Lunatic asylums Bombay report 1891-1903 - 1891-1903
Year: 1891
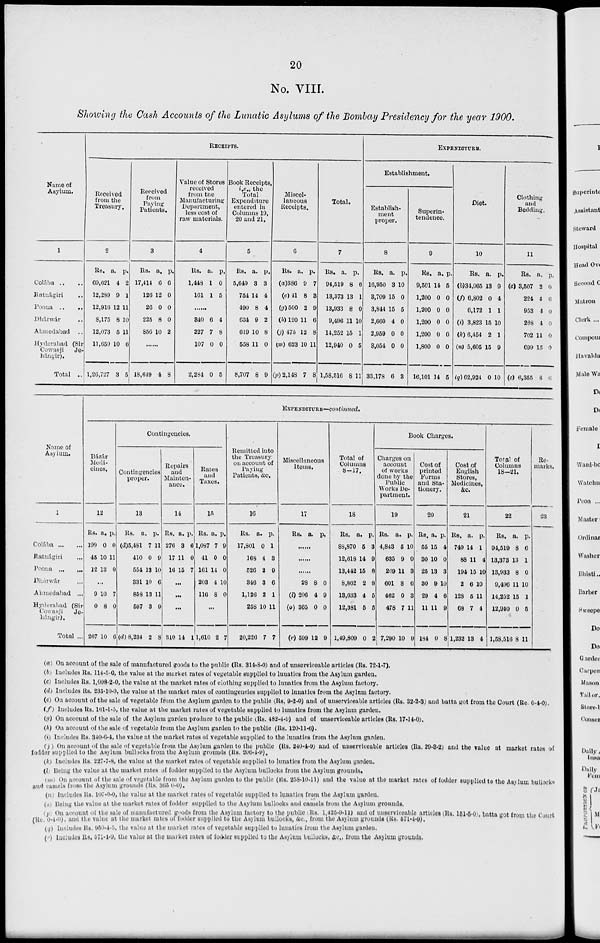
20
No. VIII.
Showing the Cash Accounts of the Lunatic Asylums of the Bombay Presidency for the year 1900.
Name of
Asylum.
1
Colába .. ..
Ratnágiri ..
Poona ..
..
Dhárwár ..
Ahmedabad . .
Hyderabad (Sir
Cowasji
Je-
hángir).
Total ..
RECEIPTS.
Received
from the
Treasury.
2
Rs.
69,621
12,289
12,916
8,175
12,073
11,650
1,26,727
a.
4
9
12
8
5
10
3
p.
2
1
11
10
11
6
5
Received
from
Paying
Patients.
3
Rs.
17,414
126
26
225
856
a.
6
12
0
8
10
p.
6
0
0
0
2
......
18,649 4 8
Value of Stores
received
from the
Manufacturing
Department,
less cost of
raw materials.
4
Rs.
1,448
161
a.
1
1
p.
0
5
.....
340
227
107
2,284
6
7
0
0
4
8
0
5
Book Receipts,
i.e., the
Total
Expenditure
entered in
Columns 19,
20 and 21.
5
Rs.
5,649
754
490
634
619
558
8,707
a.
3
14
8
9
10
11
8
p.
3
4
4
2
8
0
9
Miscel-
laneous
Receipts.
6
Rs.
(a)386
(c) 41
(g) 500
(h) 120
(j) 475
(m) 623
(p) 2,148
a.
9
8
2
11
12
10
7
p.
7
3
9
6
8
11
8
Total.
7
Rs.
94,519
13,373
13,933
9,496
14,252
12,940
1,58,516
a.
8
13
8
11
15
0
8
p.
6
1
0
10
1
5
11
EXPENDITURE.
Establishment.
Establish-
ment
proper.
8
Rs.
10,950
3,709
3,844
2,660
2,959
3,054
33,178
a.
3
15
15
4
0
0
6
p.
10
0
5
0
0
0
3
Superin-
tendence.
9
Rs.
9,501
1,200
1,200
1,200
1,200
1,800
16,101
a.
14
0
0
0
0
0
14
p.
5
0
0
0
0
0
5
Diet.
10
Rs.
(b)34,065
(f) 6,802
6,172
(i) 3,823
(k) 6,454
(n) 5,605
(q) 62,924
a.
13
0
1
15
2
15
0
p.
9
4
1
10
1
9
10
Clothing
and
Bedding.
11
Rs.
(c) 3,507
224
953
268
702
699
(c) 6,355
a.
2
4
4
4
11
15
8
p.
0
6
0
0
0
0
6
Name of
Asylum.
1
Colába ... ...
Ratuágiri ...
Poona
...
...
Dhárwár ...
Ahmedabad ...
Hyderabad (Sir-
Cowasji
Je-
hángir).
Total ...
EXPENDITURE—continued.
Bázár
Medi-
cines.
12
Rs.
199
45
12
a.
0
10
13
p.
0
11
0
...
9
0
267
10
8
10
7
0
6
Contingencies.
Contingencies
proper.
13
Rs.
(d)5,481
410
554
331
858
597
(d) 8,234
a.
7
0
13
10
13
3
2
p.
11
9
10
6
11
9
8
Repairs
and
Mainten-
ance.
14
Rs.
276
17
16
a.
3
11
15
p.
6
0
7
...
...
...
310 14 1
Rates
and
Taxes.
15
Rs.
1,087
41
161
203
116
a.
7
0
14
4
8
p.
9
0
0
10
0
...
1,610 2 7
Remitted into
the Treasury
on account of
Paying
Patients, &c.
16
Rs.
17,801
168
526
346
1,126
258
20,226
a.
0
4
2
3
2
10
7
p.
1
3
9
6
1
11
7
Miscellaneous
Items.
17
Rs. a. p.
.....
.....
.....
28
(l) 206
(o) 365
(r) 599
8
4
0
12
0
9
0
9
Total of
Columns
8–17.
18
Rs.
88,870
12,618
13,442
8,862
13,633
12,381
1,49,809
a.
5
14
15
2
4
5
0
p.
3
9
8
8
5
5
2
Book Charges.
Charges on
account
of works
done by the
Public
Works De-
partment.
19
Rs.
4,843
635
269
601
462
478
7,290
a.
5
9
11
8
0
7
10
p.
10
0
3
6
3
11
9
Cost of
printed
Forms
and Sta-
tionery.
20
Rs.
55
30
25
30
29
11
184
a.
15
10
13
9
4
11
0
p.
4
0
3
10
6
9
8
Cost of
English
Stores,
Medicines,
&c.
21
Rs.
749
88
194
2
128
68
1,232
a.
14
11
15
6
5
7
13
p.
1
4
10
10
11
4
4
Total of
Columns
18—21.
22
Rs.
94,519
13,373
13,933
9,496
14,252
12,940
1,58,516
a.
8
13
8
11
15
0
8
p.
6
1
0
10
1
5
11
Re-
marks.
23
(a) On account of the sale of manufactured goods to the public (Rs. 314-8-0) and of unserviceable articles (Rs. 72-1-7).
(b) Includes Rs. 114-5-0, the value at the market rates of vegetable supplied to lunatics from the Asylum garden.
(c) Includes Rs. 1,098-2-0, the value at the market rates of clothing supplied to lunatics from the Asylum factory.
(d) Includes Rs. 235-10-0, the value at the market rates of contingencies supplied to lunatics from the Asylum factory.
(e) On account of the sale of vegetable from the Asylum garden to the public (Rs, 9-2-0) and of unserviceable articles (Rs. 32-2-3) and batta got from the Court (Re. 0-4-0).
(f) Includes Rs. 161-1-5, the value at the market rates of vegetable supplied to lunatics from the Asylum garden.
(g) On account of the sale of the Asylum garden produce to the public (Rs. 482-4-9) and of unserviceable articles (Rs. 17-14-0).
(h) On account of the sale of vegetable from the Asylum garden to the public (Rs. 120-11-6).
(i) Includes Rs. 340-6-4, the value at the market rates of vegetable supplied to the lunatics from the Asylum garden.
(j) On account of the sale of vegetable from the Asylum garden to the public (Rs. 240-4-9) and of unserviceable articles (Rs. 29-3-2) and the value at market rates of
fodder supplied to the Asylum bullocks from the Asylum grounds (Rs. 206-4-9).
(k) Includes Rs. 227-7-8, the value at the market rates of vegetable supplied to lunatics from the Asylum garden.
(l) Being the value at the market rates of fodder supplied to the Asylum bullocks from the Asylum grounds.
(m) On account of the sale of vegetable from the Asylum garden to the public (Rs. 258-10-11) and the value at the market rates of fodder supplied to the Asylum bullocks
and camels from the Asylum grounds (Rs. 365 0-0).
(n) Includes Rs. 107-0-0, the value at the market rates of vegetable supplied to lunatics from the Asylum garden.
(o) Being the value at the market rates of fodder supplied to the Asylum bullocks and camels from the Asylum grounds.
(p) On account of the sale of manufactured goods from the Asylum factory to the public (Rs. 1,425-9-11) and of unserviceable articles (Rs. 151-5-0), batta got from the Court
(Re 0-4-0),and the value at the market rates of fodder supplied to the Asylum bullocks, &c., from the Asylum grounds (Rs. 571-4-9).
(q) Includes Rs. 950-4-5, the value at the market rates of vegetable supplied to lunatics from the Asylum garden.
(r) Includes Rs. 571-4-9, the value at the market rates of fodder supplied to the Asylum bullocks, &c., from the Asylum grounds.